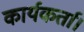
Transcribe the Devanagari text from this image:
कार्यकर्ता।